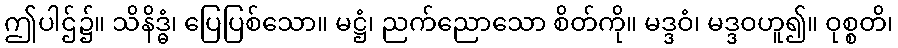
ဤပါဌ်၌။ သိနိဒ္ဓံ၊ ပြေပြစ်သော။ မဋ္ဌံ၊ ညက်ညောသော စိတ်ကို။ မဒ္ဒဝံ၊ မဒ္ဒဝဟူ၍။ ဝုစ္စတိ၊